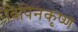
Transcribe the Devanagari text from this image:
बिपिनकृष्ण